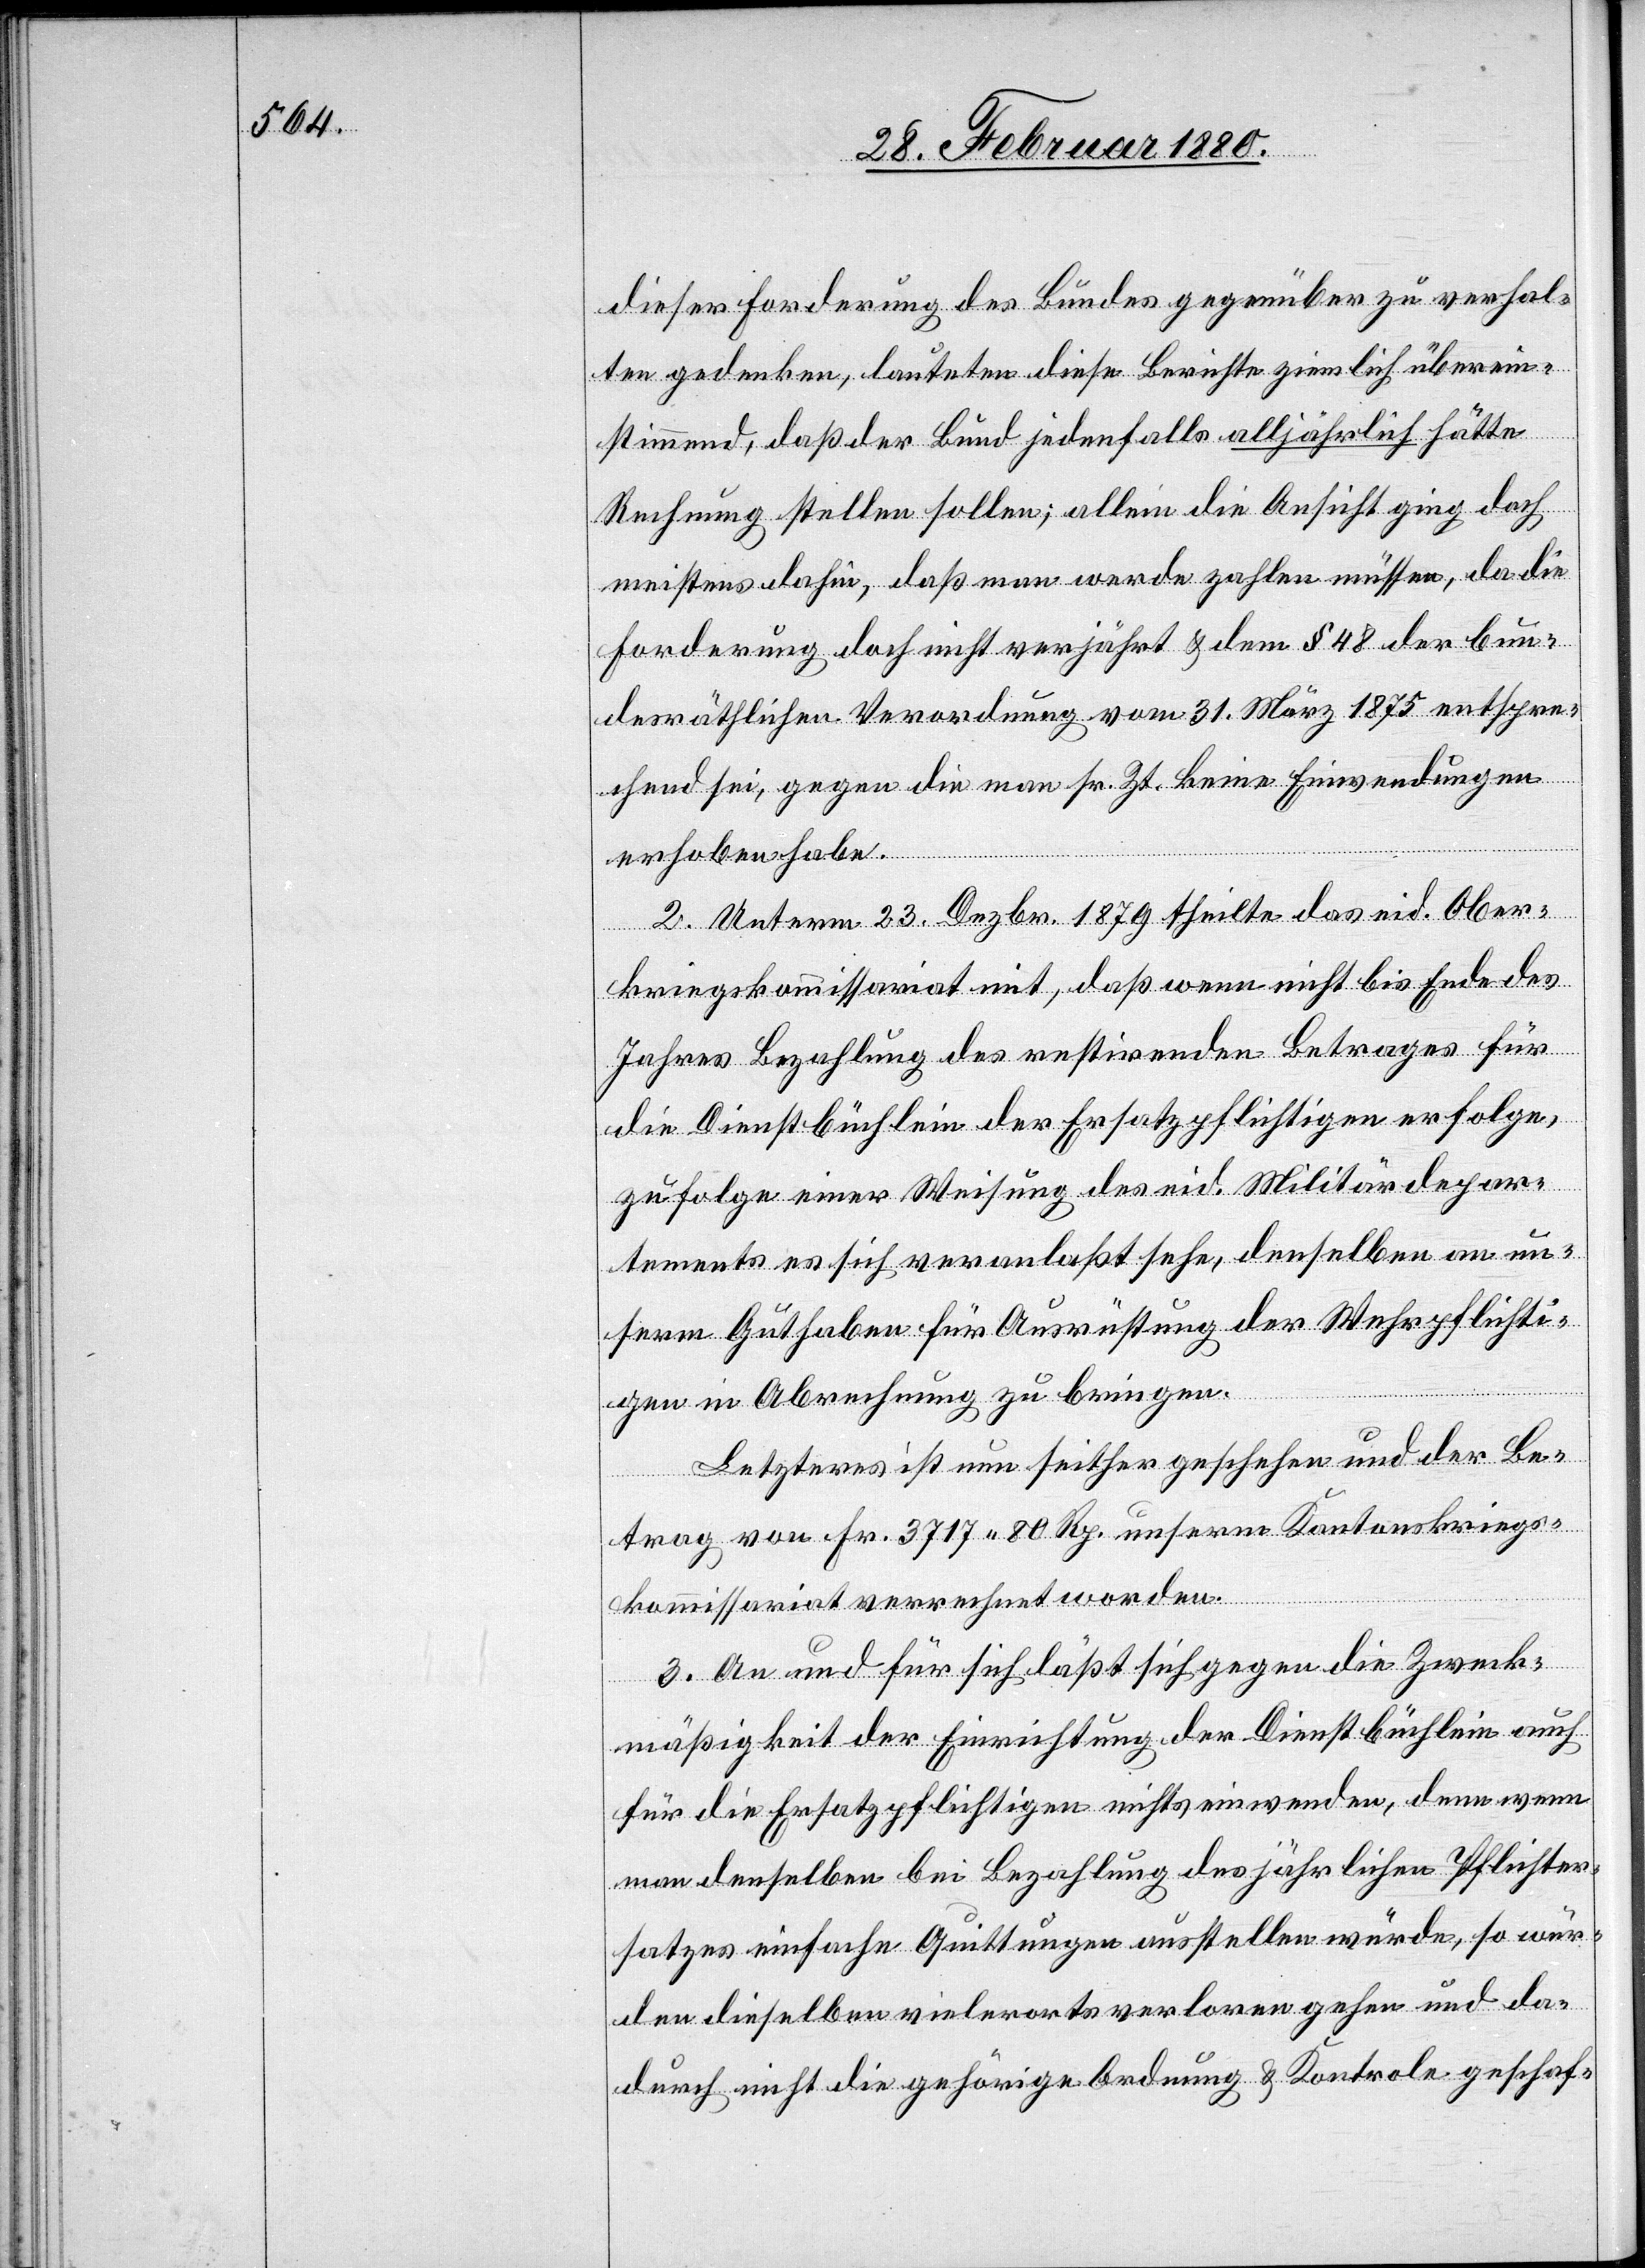
dieser Forderung des Bundes gegenüber zu verhal¬
ten gedenken, lauteten diese Berichte ziemlich überein¬
stimmend, daß der Bund jedenfalls alljährlich hätte
Rechnung stellen sollen; allein die Ansicht ging doch
meistens dahin, daß man werde zahlen müssen, da die
Forderung doch nicht verjährt & dem § 48 der bun¬
desräthlichen Verordnung vom 31. März 1875 entspre¬
chend sei, gegen die man sr. Zt. keine Einwendungen
erhoben habe.
2. Unterm 23. Dezbr. 1879 theilte das eid. Ober¬
kriegskommissariat mit, daß wenn nicht bis Ende des
Jahres Bezahlung des restirenden Betrages für
die Dienstbüchlein der Ersatzpflichtigen erfolge,
zufolge einer Weisung des eid. Militärdepar¬
tements es sich veranlaßt sehe, denselben an un¬
serm Guthaben für Ausrüstung der Wehrpflichti¬
gen in Abrechnung zu bringen.
Letzteres ist nun seither geschehen und der Be¬
trag von Fr. 3717 80 Rp. unserm Kantonskriegs¬
kommissariat verrechnet worden.
3. An und für sich läßt sich gegen die Zweck¬
mäßigkeit der Einrichtung der Dienstbüchlein auch
für die Ersatzpflichtigen nichts einwenden, denn wenn
man denselben bei Bezahlung des jährlichen Pflichter¬
satzes einfache Quittungen ausstellen würde, so wür¬
den dieselben vielerorts verloren gehen und da¬
durch nicht die gehörige Ordnung & Kontrole geschaf-